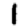
Digit: 1